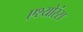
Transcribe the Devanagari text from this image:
एश्योरंस